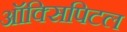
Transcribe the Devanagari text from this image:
ऑक्सिपिटल